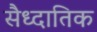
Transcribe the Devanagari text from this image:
सैध्दातिक